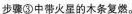
步骤③中带火星的木条复燃。